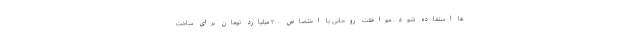
ها استفاده شود. موافقت روحانی با اختصاص ۲۰۰ میلیارد تومان برای ساخت